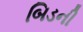
બિડની